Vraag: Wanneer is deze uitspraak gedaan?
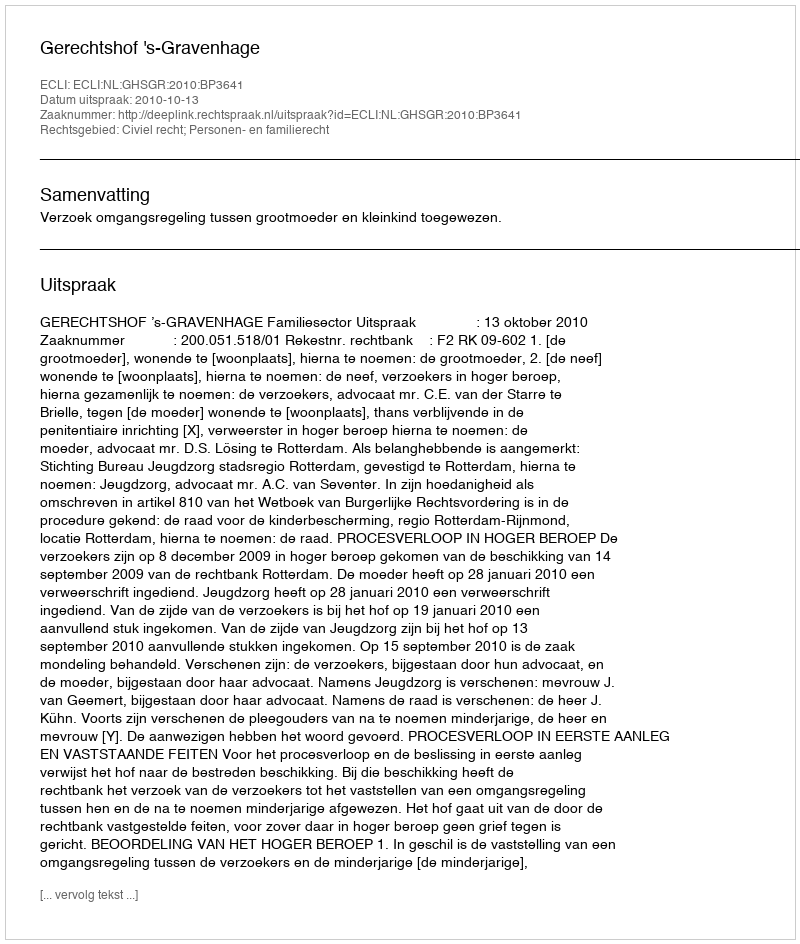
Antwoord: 2010-10-13